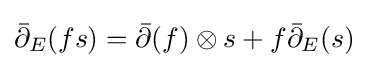
{\bar {\partial }}_{E}(fs)={\bar {\partial }}(f)\otimes s+f{\bar {\partial }}_{E}(s)